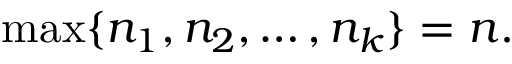
\operatorname* { m a x } \{ n _ { 1 } , n _ { 2 } , \ldots , n _ { k } \} = n .